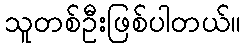
သူတစ်ဦးဖြစ်ပါတယ်။